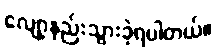
လျော့နည်းသွားခဲ့ရပါတယ်။